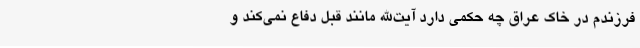
فرزندم در خاک عراق چه حکمی دارد آیت‌الله مانند قبل دفاع نمی‌کند و